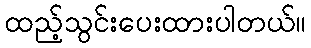
ထည့်သွင်းပေးထားပါတယ်။